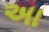
અા